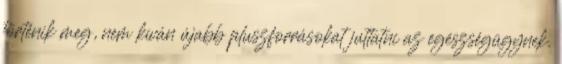
történik meg, nem kíván újabb pluszforrásokat juttatni az egészségügynek.